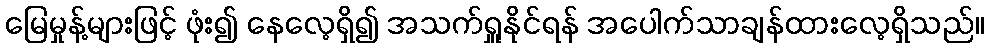
မြေမှုန့်များဖြင့် ဖုံး၍ နေလေ့ရှိ၍ အသက်ရှူနိုင်ရန် အပေါက်သာချန်ထားလေ့ရှိသည်။